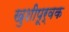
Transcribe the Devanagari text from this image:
खुशीपूर्वक